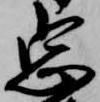
忠